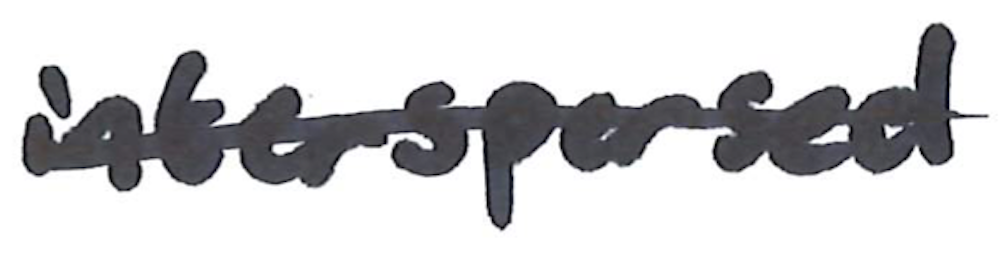
Text: interspersed
Cross-out: single-line
Writing tool: marker